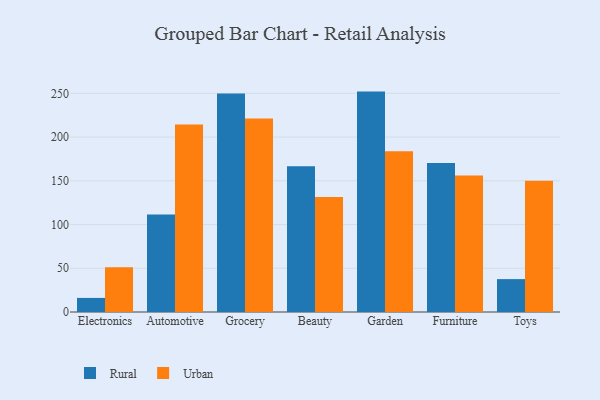
{"axis": {"x": "Category", "y": "Shipments"}, "legend": ["Rural", "Urban"], "data": [{"x": "Electronics", "y": 16.1, "type": "Rural"}, {"x": "Electronics", "y": 51.2, "type": "Urban"}, {"x": "Automotive", "y": 111.5, "type": "Rural"}, {"x": "Automotive", "y": 214.3, "type": "Urban"}, {"x": "Grocery", "y": 249.7, "type": "Rural"}, {"x": "Grocery", "y": 221.3, "type": "Urban"}, {"x": "Beauty", "y": 166.6, "type": "Rural"}, {"x": "Beauty", "y": 131.4, "type": "Urban"}, {"x": "Garden", "y": 252.0, "type": "Rural"}, {"x": "Garden", "y": 183.7, "type": "Urban"}, {"x": "Furniture", "y": 170.5, "type": "Rural"}, {"x": "Furniture", "y": 156.1, "type": "Urban"}, {"x": "Toys", "y": 37.6, "type": "Rural"}, {"x": "Toys", "y": 150.2, "type": "Urban"}]}